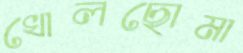
খোলছোমা